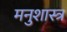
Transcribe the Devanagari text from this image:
मनुशास्त्र